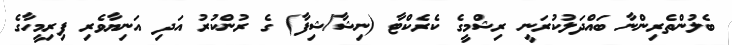
ބެލުންތެރިންނާ ބައްދަލުކުރަނީ ރިޝްމީގެ ކެރެކްޓާ (ނިޝާ/ޝިފާ) ގެ ރުންކުރު އަދި އަނިޔާވެރި ފިރިމީހާގެ